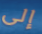
إلى